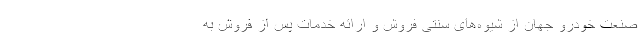
صنعت خودرو جهان از شیوه‌های سنتی فروش و ارائه خدمات پس از فروش به